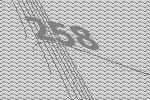
258